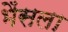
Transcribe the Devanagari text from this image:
भैंसला